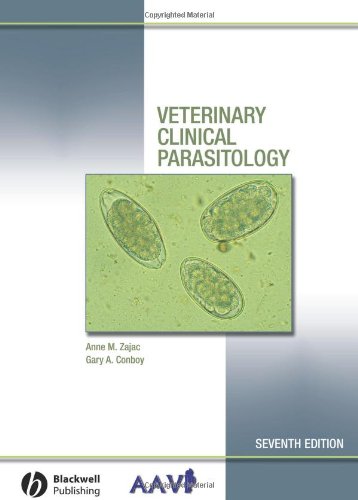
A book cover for Veterinary Clinical Parasitology, Seventh Edition; Anne M. Zajac; Medical Books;